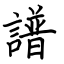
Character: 譜